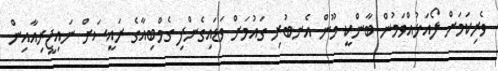
ވެރިކަމަށް ލޯއަޅުއްވަމުން ބާންކީ މޫން އެނބުރި ގައުމަށް ވަޑައިގެންފި ގެމްބިއާގެ ރައީސަށް ނައިޖީރިއާއިން